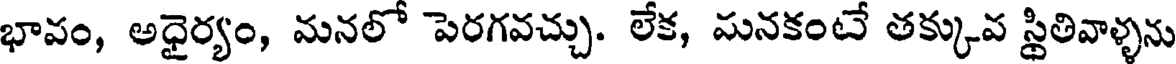
భావం, అధైర్యం, మనలో పెరగవచ్చు. లేక, మనకంటే తక్కువ స్థితివాళ్ళను